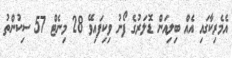
އެމެރިކާގައި އެއް ބިލިއަން ޑޮލަރުގެ ފޯނު ވިކިފައިވޭ 28 މިނެޓް 57 ސިކުންތު